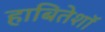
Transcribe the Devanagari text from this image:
हाबितेशॉ